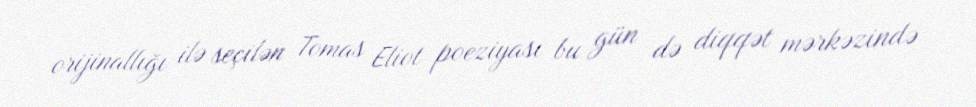
orijinallığı ilə seçilən Tomas Eliot poeziyası bu gün də diqqət mərkəzində